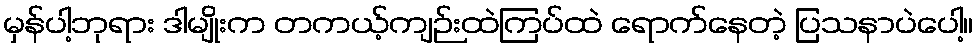
မှန်ပါ့ဘုရား ဒါမျိုးက တကယ့်ကျဉ်းထဲကြပ်ထဲ ရောက်နေတဲ့ ပြသနာပဲပေါ့။